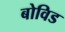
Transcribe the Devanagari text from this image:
बोविड